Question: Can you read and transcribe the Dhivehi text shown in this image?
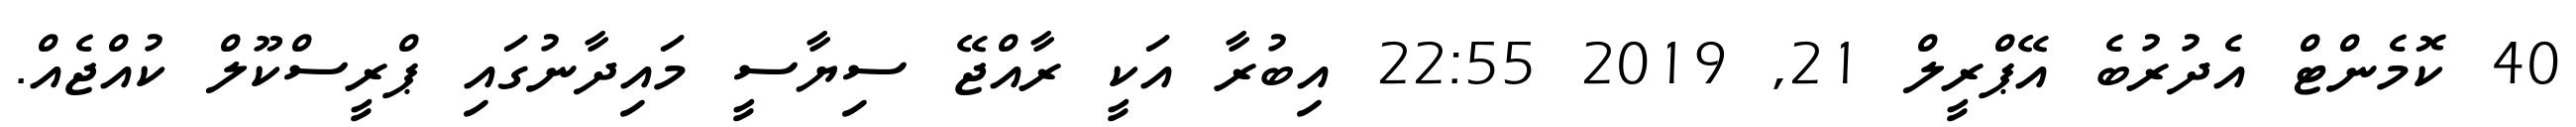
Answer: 40 ކޮމެންޓް އެދުރުބެ އޭޕްރީލް 21, 2019 22:55 އިބުރާ އަކީ ރާއްޖޭ ސިޔާސީ މައިދާނުގައި ޕްރީސްކޫލް ކުއްޖެއް.